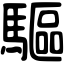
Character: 驅